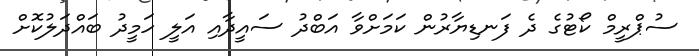
ސުޕްރީމް ކޯޓުގެ ދެ ފަނޑިޔާރުން ކަމަށްވާ އަބްދު ސައީދާއި އަލީ ހަމީދު ބައްދަލުކޮށް